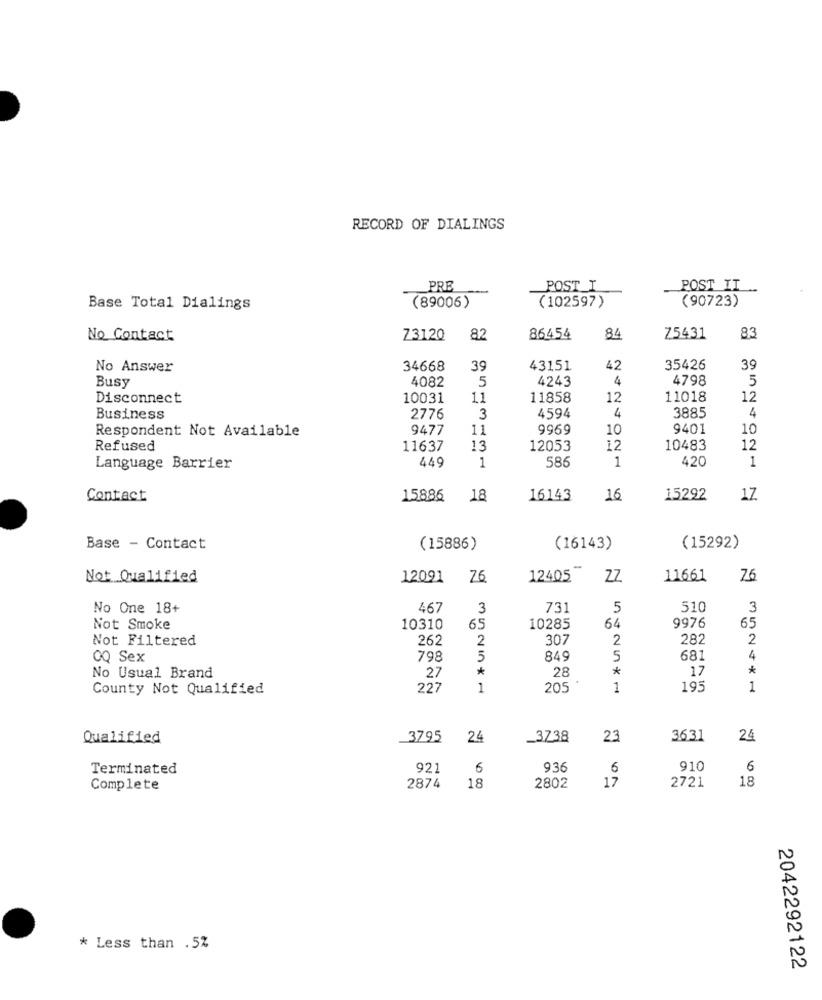
RECORD OF DIALINGS
PRE
POST_I
POST IT
(90723)
Base Total Dialings
(89006)
(102597)
No Contact
73120
82
86454
84
Z5431
83
No Answer
34668
39
43151
42
35426
39
Busy
4082
5
4243
4
4798
5
Disconnect
10031
11
11858
12
11018
12
Business
2776
3
4594
4
3885
4
Respondent Not Available
9477
11
9969
10
9401
10
Refused
11637
13
12053
12
10483
12
449
586
1
420
Language Barrier
1
1
Contact
15886
18
16143
16
15292
17
Base - Contact
(15886)
(16143)
(15292)
Not Qualified
12091 76
12405
11661
76
No One 18+
467
3
73
5
510
3
64
65
Not Smoke
10310
65
10285
9976
Not Filtered
262
2
307
2
282
2
QQ Sex
798
5
849
5
681
4
*
*
17
*
No Usual Brand
27
28
County Not Qualified
227
1
205
1
195
1
Qualified
3795
24
_3738
23
3631
24
Terminated
921
6
936
6
910
6
17
2721
18
Complete
2874
18
2802
* Less than .5%
2042292122